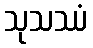
သုသဿံ